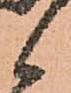
候